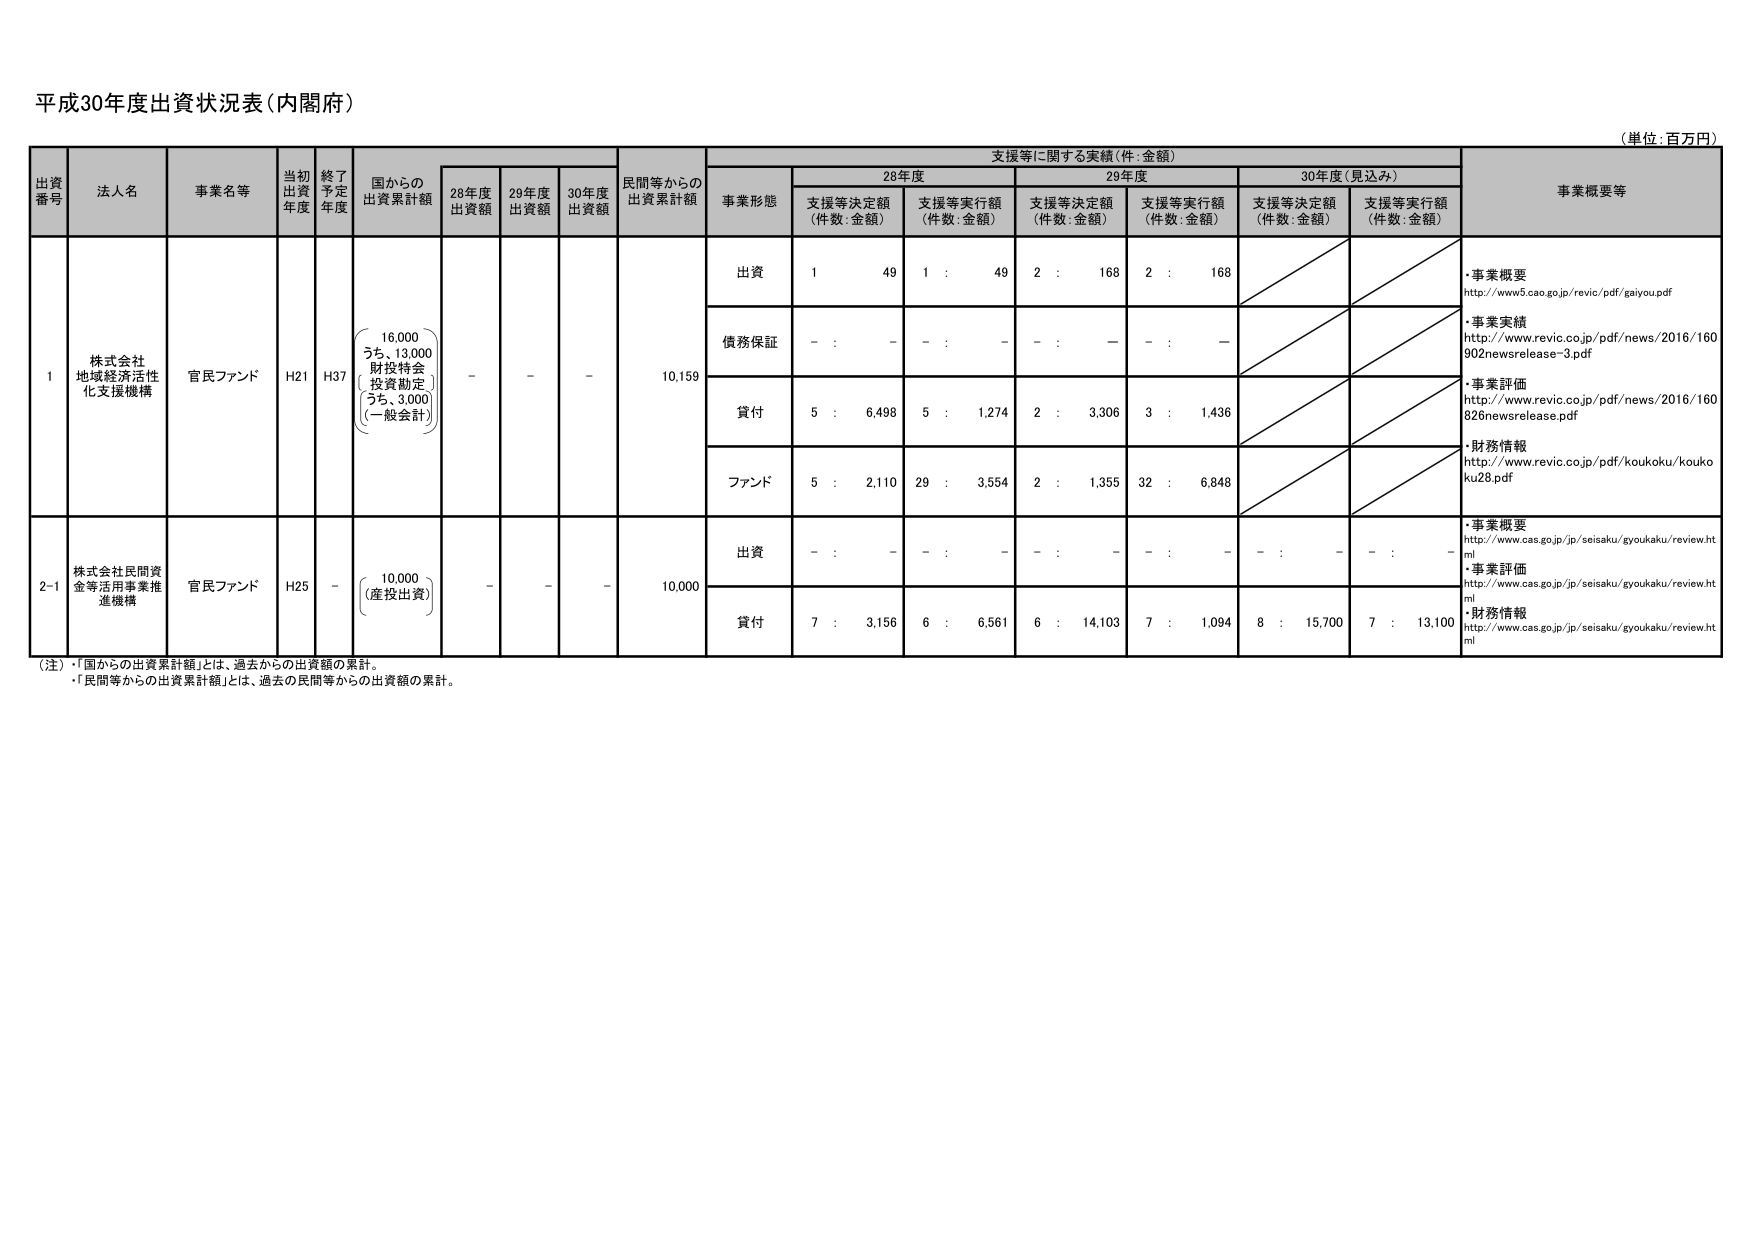
平成30年度出資状況表（内閣府）

（単位：百万円）

出資番号 法人名 事業名等 当初出資年度 終了予定年度 国からの出資累計額 28年度出資額 29年度出資額 30年度出資額 民間等からの出資累計額 支援等に関する実績（件：金額） 事業概要等